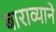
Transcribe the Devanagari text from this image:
बाराव्याने